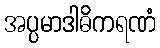
အပ္ပမာဒါဓိကရဏံ